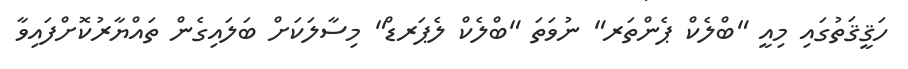
ހަޤީޤަތުގައި މިއީ "ބްލެކް ޕެންތަރ" ނުވަތަ "ބްލެކް ލެޕަރޑް" މިސާލަކަށް ބަލައިގެން ތައްޔާރުކޮށްފައިވާ